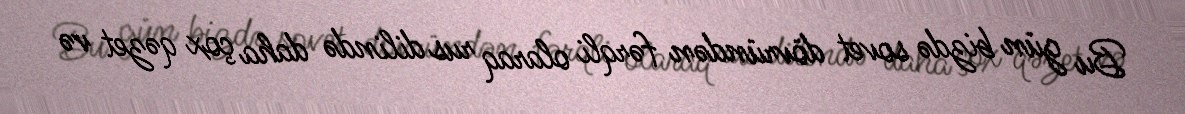
Bu gün bizdə sovet dövründən fərqli olaraq rus dilində daha çox qəzet və